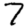
Digit: 7